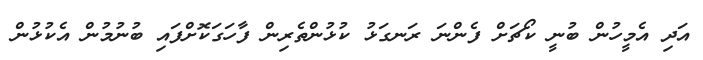
އަދި އެމީހުން ބުނީ ކޯޗަށް ފެންނަ ރަނގަޅު ކުޅުންތެރިން ފާހަގަކޮށްފައި ބުނުމުން އެކުޅުން